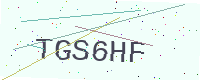
Text: TGS6HF